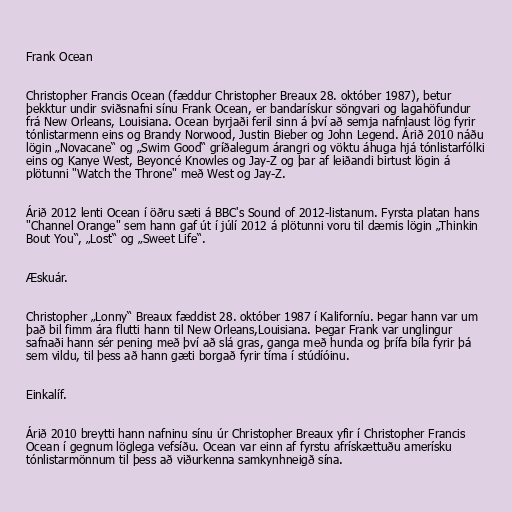
Frank Ocean

Christopher Francis Ocean (fæddur Christopher Breaux 28. október 1987), betur
þekktur undir sviðsnafni sínu Frank Ocean, er bandarískur söngvari og lagahöfundur
frá New Orleans, Louisiana. Ocean byrjaði feril sinn á því að semja nafnlaust lög fyrir
tónlistarmenn eins og Brandy Norwood, Justin Bieber og John Legend. Árið 2010 náðu
lögin „Novacane“ og „Swim Good“ gríðalegum árangri og vöktu áhuga hjá tónlistarfólki
eins og Kanye West, Beyoncé Knowles og Jay-Z og þar af leiðandi birtust lögin á
plötunni "Watch the Throne" með West og Jay-Z.

Árið 2012 lenti Ocean í öðru sæti á BBC's Sound of 2012-listanum. Fyrsta platan hans
"Channel Orange" sem hann gaf út í júlí 2012 á plötunni voru til dæmis lögin „Thinkin
Bout You“, „Lost“ og „Sweet Life“.

Æskuár.

Christopher „Lonny“ Breaux fæddist 28. október 1987 í Kaliforníu. Þegar hann var um
það bil fimm ára flutti hann til New Orleans,Louisiana. Þegar Frank var unglingur
safnaði hann sér pening með því að slá gras, ganga með hunda og þrífa bíla fyrir þá
sem vildu, til þess að hann gæti borgað fyrir tíma í stúdíóinu.

Einkalíf.

Árið 2010 breytti hann nafninu sínu úr Christopher Breaux yfir í Christopher Francis
Ocean í gegnum löglega vefsíðu. Ocean var einn af fyrstu afrískættuðu amerísku
tónlistarmönnum til þess að viðurkenna samkynhneigð sína.